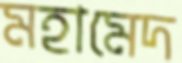
মহামেদ